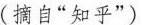
(摘自“知乎”)